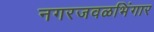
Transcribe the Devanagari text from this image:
नगरजवळभिंगार